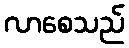
လာစေသည်